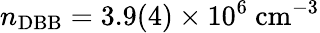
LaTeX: n_{\mathrm{DBB}}=3.9(4)\times 10^{6}~\mathrm{cm}^{-3}